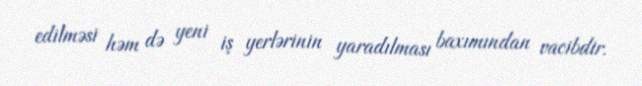
edilməsi həm də yeni iş yerlərinin yaradılması baxımından vacibdir.